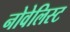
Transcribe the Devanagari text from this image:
नोवेलिस्ट